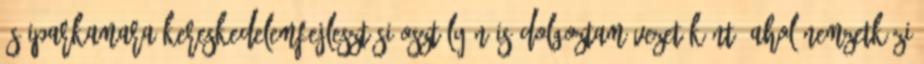
és Iparkamara Kereskedelemfejlesztési Osztályán is dolgoztam vezetőként, ahol nemzetközi